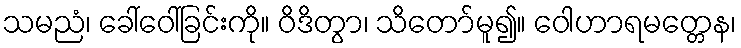
သမညံ၊ ခေါ်ဝေါ်ခြင်းကို။ ဝိဒိတွာ၊ သိတော်မူ၍။ ဝေါဟာရမတ္တေန၊